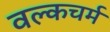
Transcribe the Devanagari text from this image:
वल्कचर्म